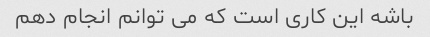
باشه این کاری است که می توانم انجام دهم